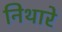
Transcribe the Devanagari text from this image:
निथारे